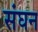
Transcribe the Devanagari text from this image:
संघन